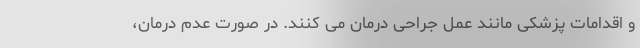
و اقدامات پزشکی مانند عمل جراحی درمان می کنند. در صورت عدم درمان،